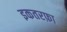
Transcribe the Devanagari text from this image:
इकतरफ़ा